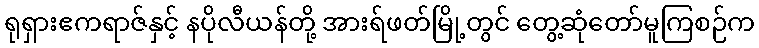
ရုရှားဧကရာဇ်နှင့် နပိုလီယန်တို့ အားရ်ဖတ်မြို့တွင် တွေ့ဆုံတော်မူကြစဉ်က